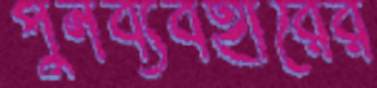
পুনর্ব্যবহারের